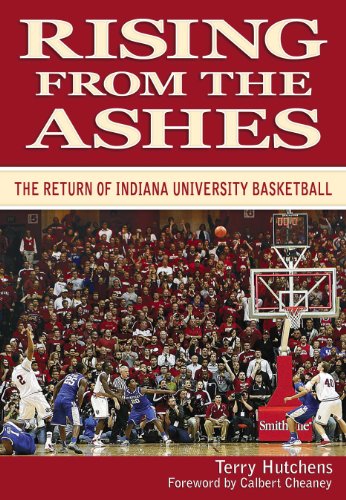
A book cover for Rising From the Ashes: The Return of Indiana University Basketball; Terry Hutchens; Sports & Outdoors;